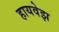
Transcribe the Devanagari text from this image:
हायवेझ